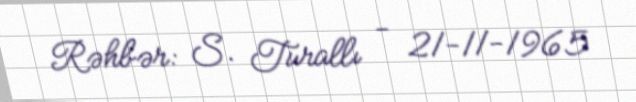
Rəhbər: S. Turallı - 21-11-1965